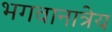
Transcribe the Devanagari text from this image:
भगवानात्रेय